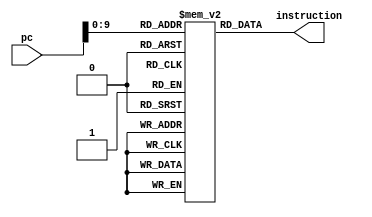
`timescale 1ns / 1ps
//////////////////////////////////////////////////////////////////////////////////
// Company: 
// Engineer: 
// 
// Design Name: 
// Module Name: InstructionMemory
// Project Name: 
// Target Devices: 
// Tool Versions: 
// Description: 
// 
// Dependencies: 
// 
// Revision:
// Revision 0.01 - File Created
// Additional Comments:
// 
//////////////////////////////////////////////////////////////////////////////////


module InstructionMemory(
    input [15:0]  pc,     
    output  [31:0] instruction
    );    
     reg [31:0] memory[1023:0];
    initial
    begin
    
//    General Purpose Registers
//    R0=0
//    R1= used for shifting
//    R2= Multiplicand
//    R3= Multiplier
//    R4= Sign of Multiplicand
//    R5= Sign of Multiplier
//    R6= Z and C comprator
//    R7= Sign comprator
//    R8= MSB of product EAX
//    R9= LSB of product  EBX
//    R10= Positive converter

//TEST numbers 
//positve and positive
//OP1>>R2 = 
//OP2>>R3 = 
//positive and negative
//OP1>>R2 = 0x1996C04F => 429310031(decimal) => 00_011001100101101_100000001001111
//OP2>>R3 = 0xF20538DC =>-1912944860(decimal) => 11_110010000001010_011100011011100
//product = -821246417147890660 => 0x8B65A743_E7298BE4
//R8/EAX = 0x8B65A743
//R9/EBX = 0xE7298BE4
//negative and negative
//OP1>>R2 = 
//OP2>>R3 = 


            ///////////load 1st number in R2
          memory[0] <= 32'b0000000_00000_00000_00000_0000000000; //NOP
          memory[1] <= 32'b0100010_00010_00010_00000_00000_00000; // ADI: R2 <- R2 + 2 MSB's of Multiplicand
          memory[2] <= 32'b0000000_00000_00000_00000_0000000000; //NOP
          memory[3] <= 32'b0110000_00010_00010_000000000001111; // LSL: R2 <- R2 << 15
          memory[4] <= 32'b0000000_00000_00000_00000_0000000000; //NOP
          memory[5] <= 32'b1100010_00010_00010_011001100101101; // AIU: R2 <- R2 << (x) x=15 next MSBs of Multiplicand
          memory[6] <= 32'b0000000_00000_00000_00000_0000000000; //NOP
          memory[7] <= 32'b0110000_00010_00010_000000000001111; // LSL: R2 <- R2 << 15
          memory[8] <= 32'b0000000_00000_00000_00000_0000000000; //NOP
          memory[9] <= 32'b1100010_00010_00010_100000001001111; // AIU: R2 <- R2 + 15 LSBs of Multiplicand
          memory[10] <= 32'b0000000_00000_00000_00000_0000000000; //NOP
            ///////////load 2nd number in R3
          memory[11] <= 32'b0100010_00011_00011_00000_00000_00011; //ADI: R3 <- R3 + 2 MSB's of Multiplier
          memory[12] <= 32'b0000000_00000_00000_00000_0000000000; //NOP
          memory[13] <= 32'b0110000_00011_00011_000000000001111; // LSL: R3 <- R3 << 15
          memory[14] <= 32'b0000000_00000_00000_00000_0000000000; //NOP
          memory[15] <= 32'b1100010_00011_00011_110010000001010; //AIU: R3 <- R3 << (x) x=15 next MSBs of Multiplier
          memory[16] <= 32'b0000000_00000_00000_00000_0000000000; //NOP
          memory[17] <= 32'b0110000_00011_00011_000000000001111; // LSL: R3 <- R3 << 15
          memory[18] <= 32'b0000000_00000_00000_00000_0000000000; //NOP
          memory[19] <= 32'b1100010_00011_00011_011100011011100; // AIU: R3 <- R3 + 15 LSBs of Multiplier
          memory[20] <= 32'b0000000_00000_00000_00000_0000000000; //NOP
            ///////////check signs of both Multiplier and Multiplier
          memory[21] <= 32'b1100010_00111_00000_00000_00000_00001; // AIU: R7 <- R0 + 1
          memory[22] <= 32'b0000000_00000_00000_00000_0000000000; //NOP
          memory[23] <= 32'b0110000_00111_00111_0000000000_11111; // LSL: R7 <- R7 << 31
          memory[24] <= 32'b0000000_00000_00000_00000_0000000000; //NOP
          memory[25] <= 32'b0001000_00100_00111_00010_0000000000; // AND: R2 sign test to R4
          memory[26] <= 32'b0000000_00000_00000_00000_0000000000; //NOP
          memory[27] <= 32'b0001000_00101_00111_00011_0000000000; // AND: R3 sign test to R5
          memory[28] <= 32'b0000000_00000_00000_00000_0000000000; //NOP
          /////////remove R2 sign bit
          memory[29] <= 32'b0100010_01010_00000_111111111111111; // ADI: R10 <- R0 + 1's
          memory[30] <= 32'b0000000_00000_00000_00000_0000000000; //NOP
          memory[31] <= 32'b0000101_01010_01010_00111_0000000000; // SUB R10 <-R10,R7 
          memory[32] <= 32'b0000000_00000_00000_00000_0000000000; //NOP
          memory[33] <= 32'b0001000_00010_01010_00010_0000000000; // AND R2 <-R10,R2
          memory[34] <= 32'b0000000_00000_00000_00000_0000000000; //NOP
          ////////////remove R3 sign bit
          memory[35] <= 32'b0001000_00011_01010_00011_0000000000; // AND R3 <-R10,R3
          memory[36] <= 32'b0000000_00000_00000_00000_0000000000; //NOP
          //////////////multiply
          memory[37] <= 32'b0110000_00110_00011_0000000000_11111; // LSL: R6 <- R3 << 31
          memory[38] <= 32'b0000000_00000_00000_00000_0000000000; //NOP
          memory[39] <= 32'b0100000_00000_00110_000000000001101; // BZ:  if R6=0 PC <- (PC+1)+3 40030003
          /////if 0 skip add, goto shifting
          memory[40] <= 32'b0000000_00000_00000_00000_0000000000; //NOP
          memory[41] <= 32'b0000000_00000_00000_00000_0000000000; //NOP
          memory[42] <= 32'b0000010_01001_01001_00010_0000000000; //-- ADD	R9<-R9,R2
          memory[43] <= 32'b0000000_00000_00000_00000_0000000000; //NOP           
          //////shift         
          memory[44] <= 32'b0110000_00110_11111_0000000000_11111; // LSL: R6 <- R31 << 31
          memory[45] <= 32'b0000000_00000_00000_00000_0000000000; //NOP
          
          memory[46] <= 32'b0100000_00000_00110_000000000000100; // BZ:  if R6=0 PC <- (PC+1)+3
          //if no carry, skip add carry goto add MSBs
          memory[47] <= 32'b0000000_00000_00000_00000_0000000000; //NOP
          memory[48] <= 32'b0000000_00000_00000_00000_0000000000; //NOP
          memory[49] <= 32'b1100010_01000_01000_00000_00000_00001; // AIU: R8 <- R8 + 1
          memory[50] <= 32'b0000000_00000_00000_00000_0000000000; //NOP 
           
          /////add MSB's
          memory[51] <= 32'b0000010_01000_01000_00001_0000000000; //-- ADD	R8<-R8,R1 
          memory[52] <= 32'b0000000_00000_00000_00000_0000000000; //NOP 
          //shifting
          memory[53] <= 32'b0110000_00001_00001_0000000000_00001; // LSL: R1 <- R1 << 1
          memory[54] <= 32'b0000000_00000_00000_00000_0000000000; //NOP
          //test if R2 MSB 
          memory[55] <= 32'b0110001_00110_00010_0000000000_11111; // LSR: R6 <- R2 >> 31
          memory[56] <= 32'b0000000_00000_00000_00000_0000000000; //NOP
          
          memory[57] <= 32'b0100000_00000_00110_000000000000100; // BZ:  if R6=0 PC <- (PC+1)+3
          //BZ if R2 MSB ==0 skip R1=R1+1
          memory[58] <= 32'b0000000_00000_00000_00000_0000000000; //NOP
          memory[59] <= 32'b0000000_00000_00000_00000_0000000000; //NOP
          memory[60] <= 32'b1100010_00001_00001_00000_00000_00001; // AIU: R1 <- R1 + 1
          memory[61] <= 32'b0000000_00000_00000_00000_0000000000; //NOP 
          //////shift LSBs
          memory[62] <= 32'b0110000_00010_00010_0000000000_00001; // LSL: R2 <- R2 << 1
          memory[63] <= 32'b0000000_00000_00000_00000_0000000000; //NOP
          
          //////shift multiplier
          memory[64] <= 32'b0110001_00011_00011_0000000000_00001; // LSR: R3 <- R3 >> 1
          
          memory[65] <= 32'b0000000_00000_00000_00000_0000000000; //NOP
          /////if multiplicand=0 it's done 
          memory[66] <= 32'b0100000_00000_00011_000000000000100; // BZ: if R3=0 PC <- (PC+1)+2
          memory[67] <= 32'b0000000_00000_00000_00000_0000000000; //NOP          
          memory[68] <= 32'b0000000_00000_00000_00000_0000000000; //NOP
          memory[69] <= 32'b1100001_00000_10101_000000000000000; // C2000000 JMR: PC <- R21
          memory[70] <= 32'b0000000_00000_00000_00000_0000000000; //NOP
          memory[71] <= 32'b0000000_00000_00000_00000_0000000000; //NOP
          
          memory[72] <= 32'b0001100_00111_00100_00101_0000000000; // XOR R7 <- R4,R5
          memory[73] <= 32'b0000000_00000_00000_00000_0000000000; //NOP
    
          memory[74] <= 32'b0000010_01000_01000_00111_0000000000; //-- ADD	R8<-R8,R7 
          memory[75] <= 32'b0000000_00000_00000_00000_0000000000; //NOP 
          
    end                 
	assign	  instruction = memory[pc];
	   
endmodule